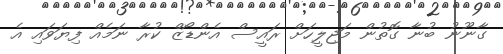
ގާނޫނު ބުނާ ގޮތުން މަޖިލީހަށް ރައީސް އެންޑޯޒް ކުރާ ނަމެއް ފިޔަވައި އެ